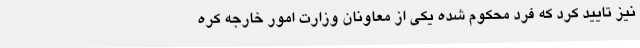
نیز تایید کرد که فرد محکوم شده یکی از معاونان وزارت امور خارجه کره